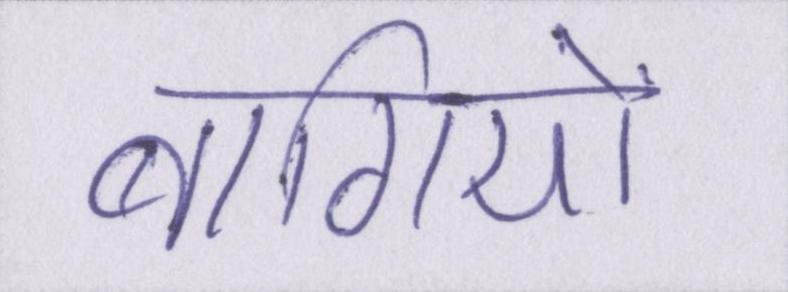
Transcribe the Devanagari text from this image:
बागियों